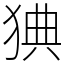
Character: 猠